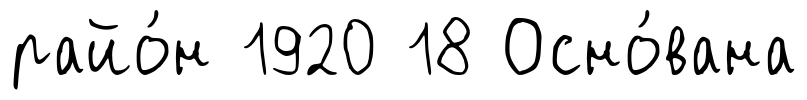
райо́н 1920 18 Осно́вана